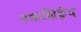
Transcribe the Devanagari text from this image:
नकश्चिद्वेद